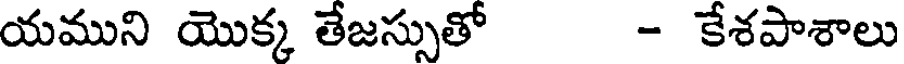
యముని యొక్క తేజస్సుతో - కేశపాశాలు